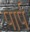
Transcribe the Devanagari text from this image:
पार्प